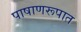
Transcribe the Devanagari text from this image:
पाषाणरूपात